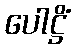
ပေါဋ္ဌိံ